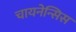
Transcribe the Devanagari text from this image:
चायनेन्सिस